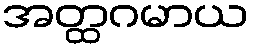
အတ္ထဂမာယ